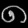
Digit: ၈